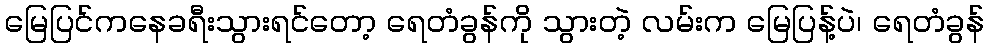
မြေပြင်ကနေခရီးသွားရင်တော့ ရေတံခွန်ကို သွားတဲ့ လမ်းက မြေပြန့်ပဲ၊ ရေတံခွန်